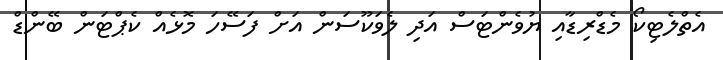
އެތްލެޓިކޯ މެޑްރިޑާއި ޔުވެންޓަސް އަދި ލެވަކޫސަން އަށް ފަސޭހަ މޮޅެއް ކެޕްޓަން ބޭންޑް